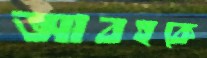
আবহকে